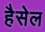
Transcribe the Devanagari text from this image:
हैसेल